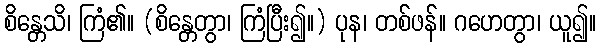
စိန္တေသိ၊ ကြံ၏။ (စိန္တေတွာ၊ ကြံပြီး၍။) ပုန၊ တစ်ဖန်။ ဂဟေတွာ၊ ယူ၍။